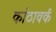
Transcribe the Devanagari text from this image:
कांठावर्क